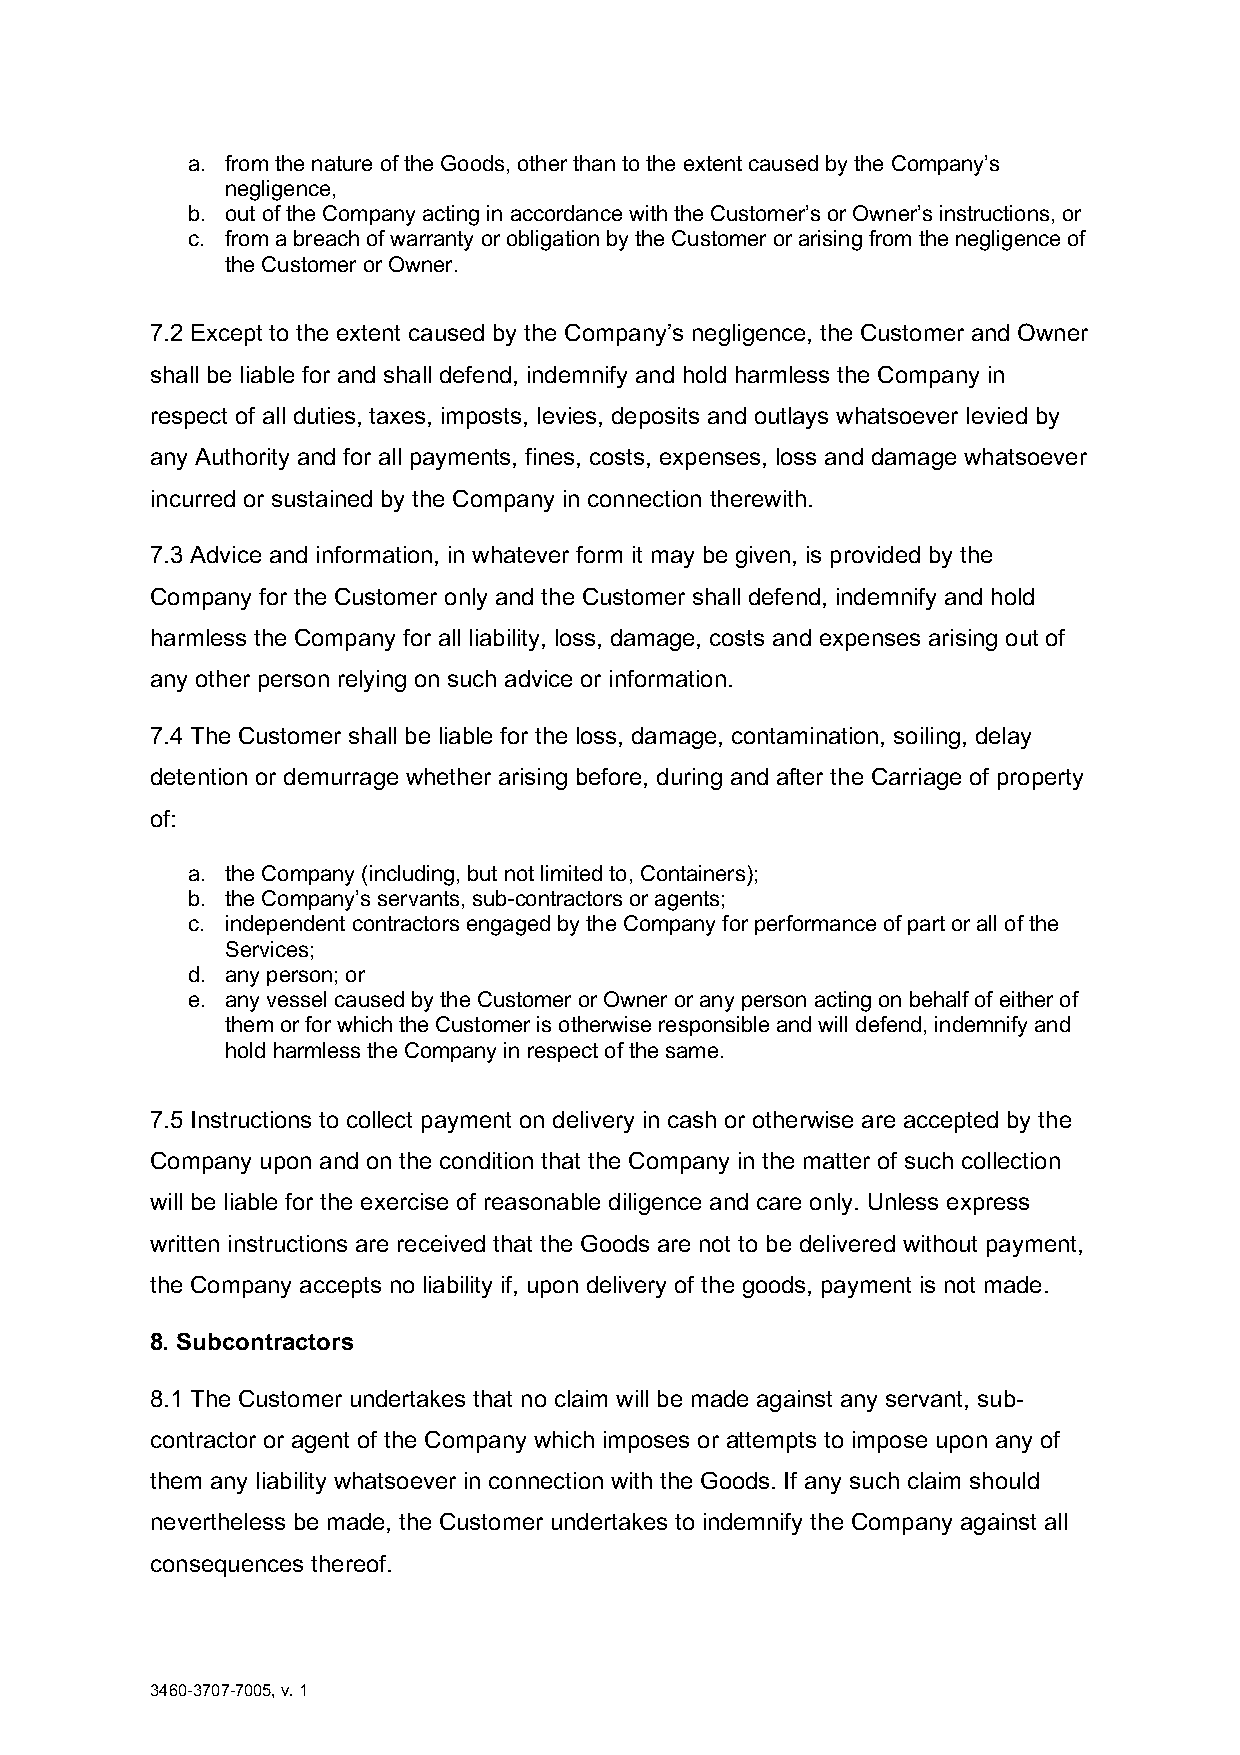
a. from the nature of the Goods, other than to the extent caused by the Company’s
 negligence,
 b. out of the Company acting in accordance with the Customer’s or Owner’s instructions, or
 c. from a breach of warranty or obligation by the Customer or arising from the negligence of
 the Customer or Owner.
 7.2 Except to the extent caused by the Company’s negligence, the Customer and Owner
 shall be liable for and shall defend, indemnify and hold harmless the Company in
 respect of all duties, taxes, imposts, levies, deposits and outlays whatsoever levied by
 any Authority and for all payments, fines, costs, expenses, loss and damage whatsoever
 incurred or sustained by the Company in connection therewith.
 7.3 Advice and information, in whatever form it may be given, is provided by the
 Company for the Customer only and the Customer shall defend, indemnify and hold
 harmless the Company for all liability, loss, damage, costs and expenses arising out of
 any other person relying on such advice or information.
 7.4 The Customer shall be liable for the loss, damage, contamination, soiling, delay
 detention or demurrage whether arising before, during and after the Carriage of property
 of:
 a. the Company (including, but not limited to, Containers);
 b. the Company’s servants, sub-contractors or agents;
 c. independent contractors engaged by the Company for performance of part or all of the
 Services;
 d. any person; or
 e. any vessel caused by the Customer or Owner or any person acting on behalf of either of
 them or for which the Customer is otherwise responsible and will defend, indemnify and
 hold harmless the Company in respect of the same.
 7.5 Instructions to collect payment on delivery in cash or otherwise are accepted by the
 Company upon and on the condition that the Company in the matter of such collection
 will be liable for the exercise of reasonable diligence and care only. Unless express
 written instructions are received that the Goods are not to be delivered without payment,
 the Company accepts no liability if, upon delivery of the goods, payment is not made.
 8. Subcontractors
 8.1 The Customer undertakes that no claim will be made against any servant, sub-
 contractor or agent of the Company which imposes or attempts to impose upon any of
 them any liability whatsoever in connection with the Goods. If any such claim should
 nevertheless be made, the Customer undertakes to indemnify the Company against all
 consequences thereof.
 3460-3707-7005, v. 1